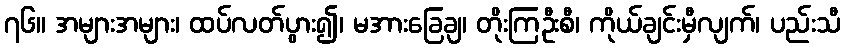
၇၆။ အများအများ၊ ထပ်လတ်ပွား၍၊ မအားခြေချ၊ တိုးကြဦးစီ၊ ကိုယ်ချင်းမှီလျက်၊ ပည်းသီ